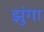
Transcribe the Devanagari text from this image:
झुंगा